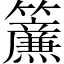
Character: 𮆴